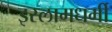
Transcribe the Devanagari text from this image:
इस्लामधर्मी